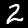
Digit: 2